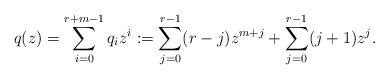
LaTeX: \begin{align*}q(z) = \sum_{i=0}^{r+m-1} q_iz^i := \sum_{j=0}^{r-1} (r-j)z^{m+j} + \sum_{j=0}^{r-1} (j+1)z^j.\end{align*}